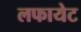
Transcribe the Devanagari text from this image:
लफायेट